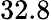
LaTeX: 32.8